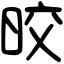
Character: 晈